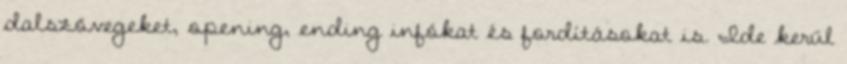
dalszövegeket, opening, ending infókat és fordításokat is. Ide kerül